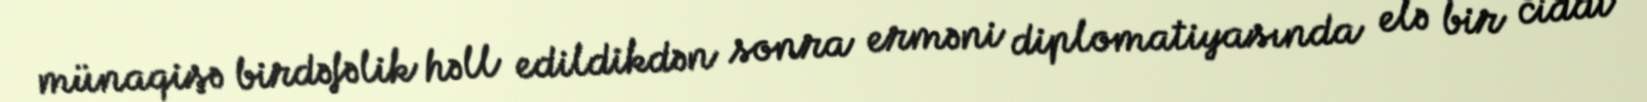
münaqişə birdəfəlik həll edildikdən sonra erməni diplomatiyasında elə bir ciddi